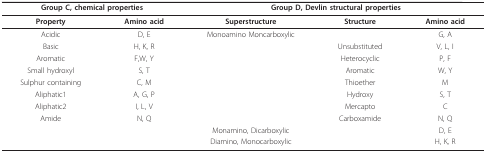
| <COLSPAN=2> Group C, chemical properties | <COLSPAN=3> Group D, Devlin structural properties |
 | --- | --- | --- | --- | --- |
 | Property | Amino acid | Superstructure | Structure | Amino acid |
 | Acidic | D, E | Monoamino Moncarboxylic |  | G, A |
 | Basic | H, K, R |  | Unsubstituted | V, L, I |
 | Aromatic | F,W, Y |  | Heterocyclic | P, F |
 | Small hydroxyl | S, T |  | Aromatic | W, Y |
 | Sulphur containing | C, M |  | Thioether | M |
 | Aliphatic1 | A, G, P |  | Hydroxy | S, T |
 | Aliphatic2 | I, L, V |  | Mercapto | C |
 | Amide | N, Q |  | Carboxamide | N, Q |
 |  |  | Monamino, Dicarboxylic |  | D, E |
 |  |  | Diamino, Monocarboxylic |  | H, K, R |